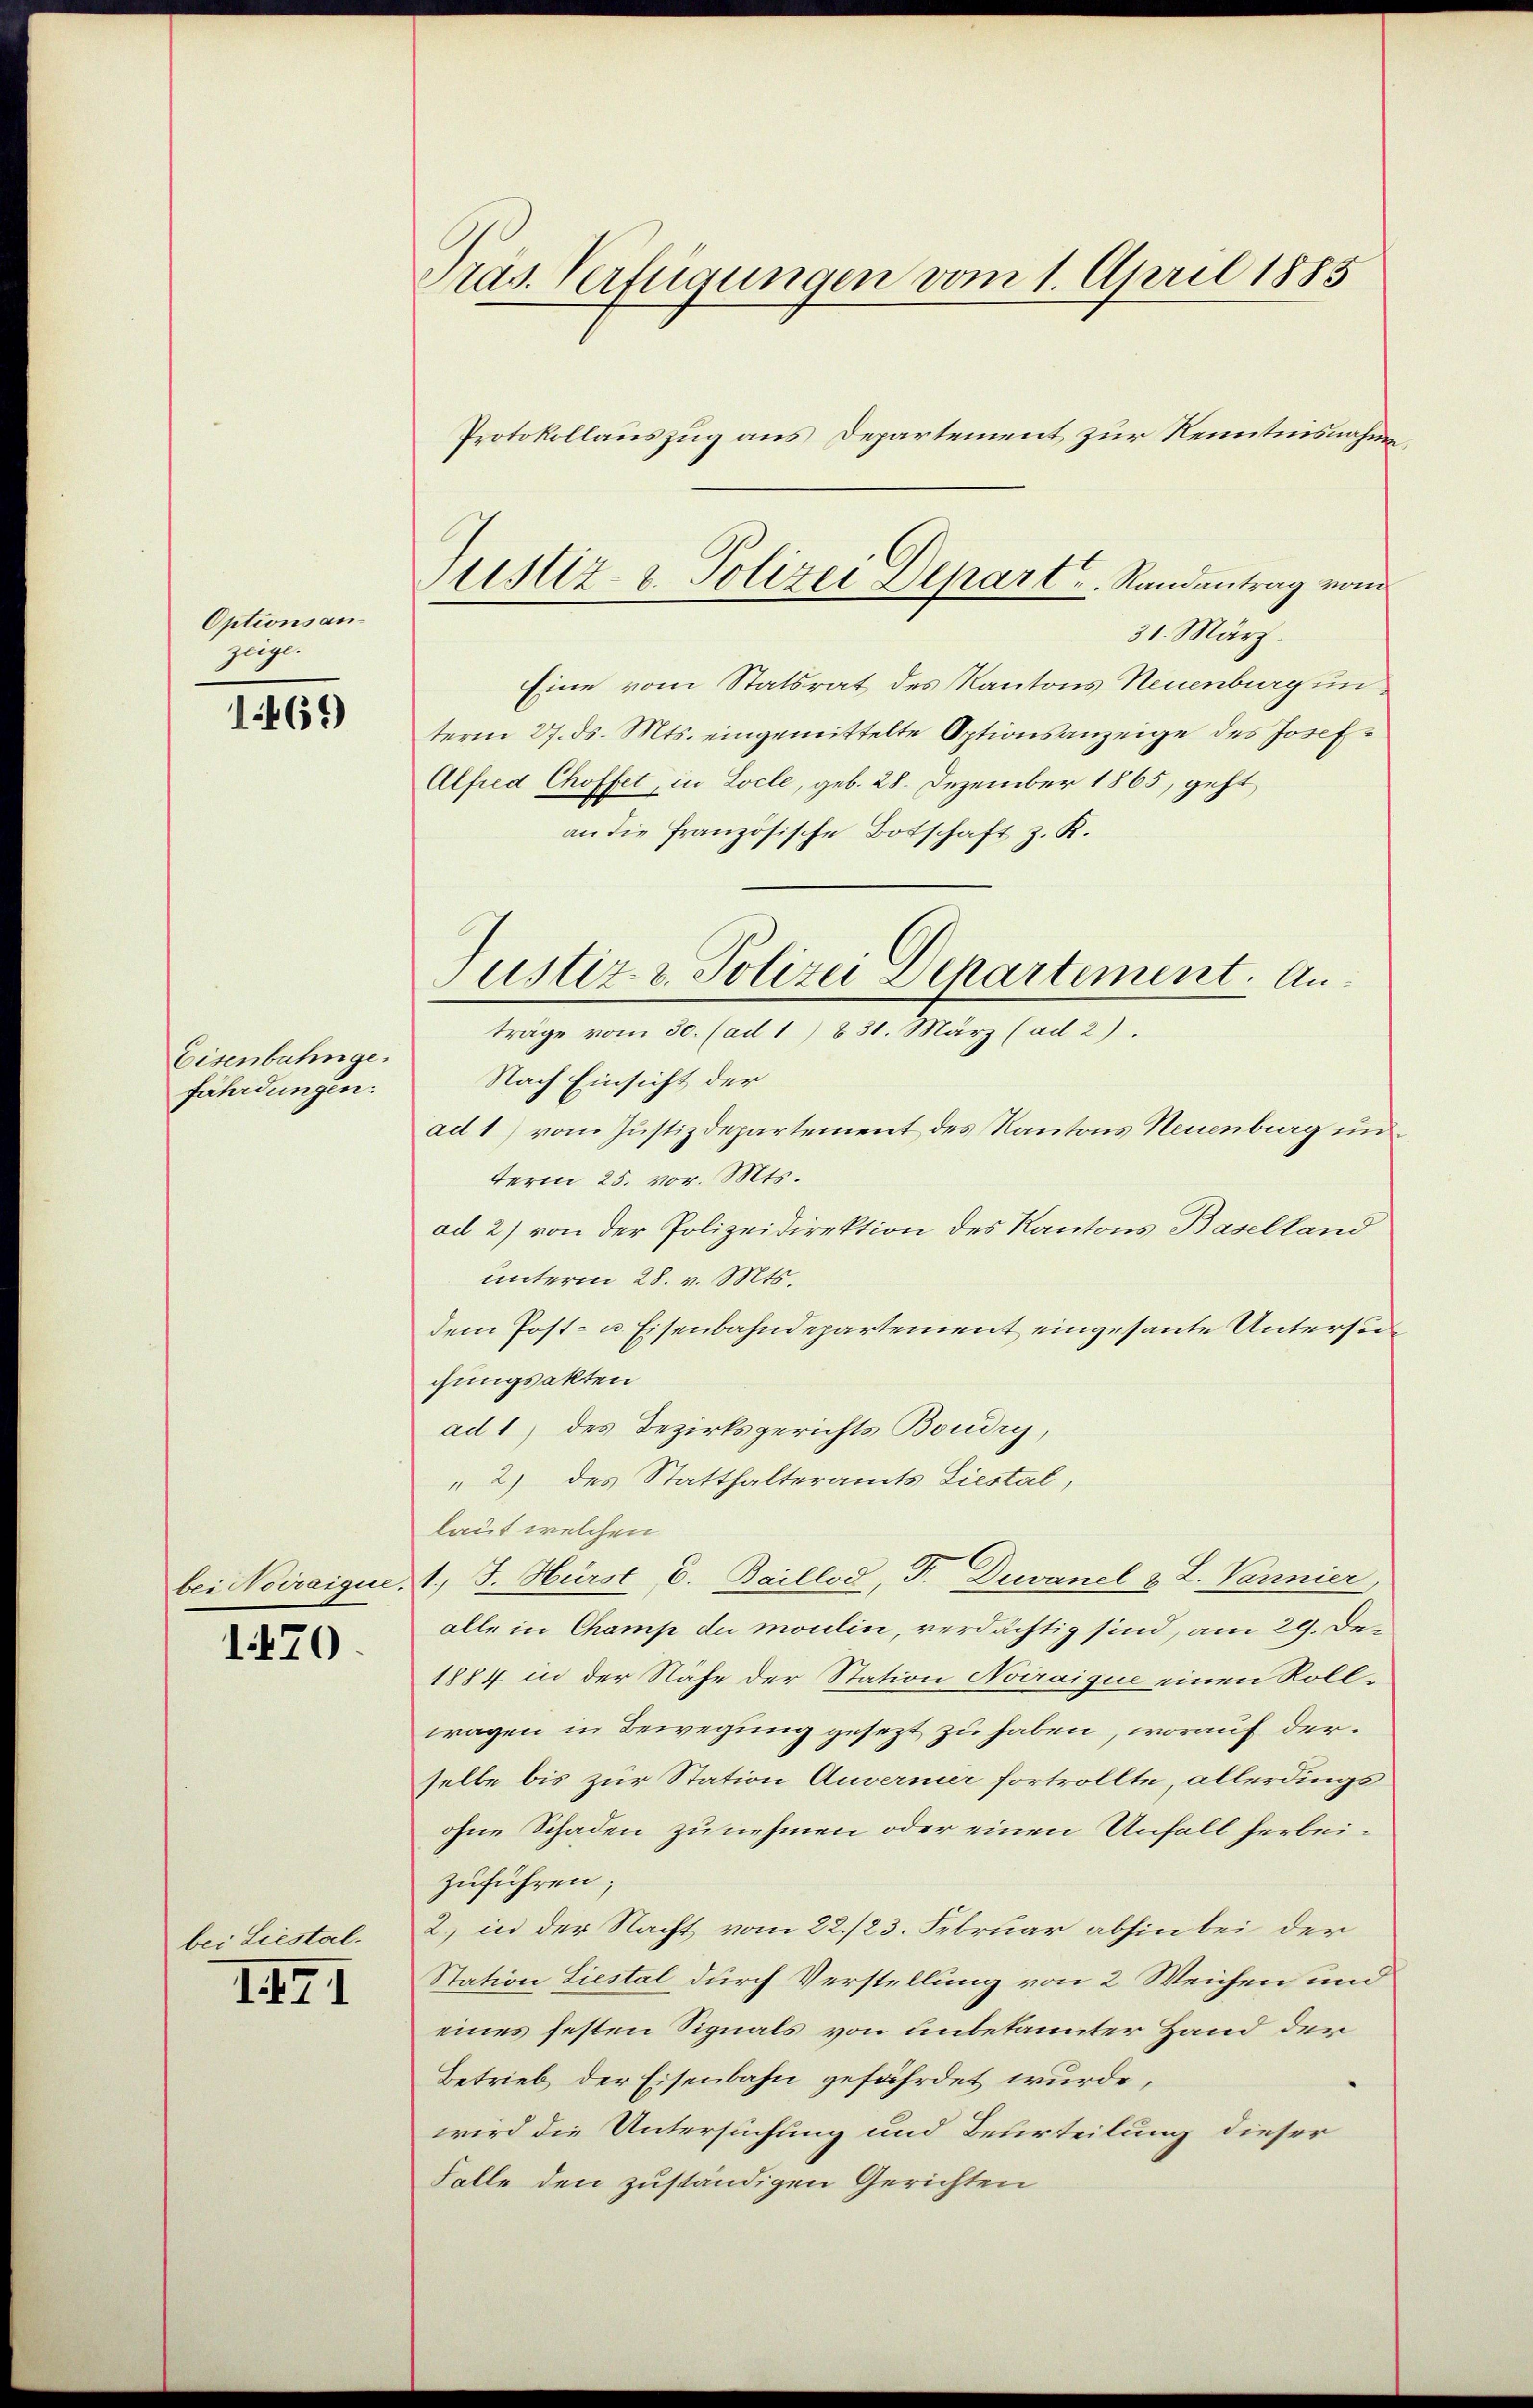
Optionsanzeige.

1469

Eisenbahnge.
fährdungen:

bei Noiraique.

170.

bei Liestal-

III

Präs. Verfügungen vom 1. April 1885
Protokollauszug aus Departement zur Kenntnisnahme,

ustiz- u. Polizei Depart u. Randantrag vom
31. März.

Eine vom Statsrat des Kantons Neuenburg un
term 27. ds. Mts. eingemittelte Optionsanzeige des Josef¬
Alfred Choffet, in Locle, geb. 28. Dezember 1865, geht
an die französische Botschaft z. K.
Nach Einsicht der
ad 1) vom Justizdepartement des Kantons Neuenburg un
term 25. vor. Mts.
ad 2) von der Polizeidirektion des Kantons Baselland
unterm 28. v. Mts.
dem Post- u. Eisenbahndepartement eingesante Untersuchungsakten
ad 1) des Bezirksgerichts Boudry,
2) des Statthalteramts Liestal,
laut welchen
1.) J. Hürst C. Baillod, F. Duvanel & L. Vannier,
alle in Champ du moulin, verdächtig sind, am 29. De¬
1884 in der Nähe der Station Noiraiquie einen Rollwagen in Bewegung gesezt zu haben, worauf derselbe bis zur Station Anverner fortrollte, allerdings
ohne Schaden zu nehmen oder einen Unfall herbeizuführen;
2) in der Nacht vom 22./23. Februar abhin bei der
Station Liestal durch Verstellung von 2 Weichen und
eines festen Signals von unbekannter Hand der
Betrieb der Eisenbahn gefährdet wurde,
wird die Untersuchung und Beurteilung dieser
Folle den zuständigen Gerichten

Justiz- & Polizei Departement. Antrage vom 30. (ad 1) 831. März (ad 2).